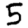
Digit: 5